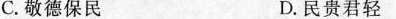
C.敬德保民 D.民贵君轻